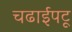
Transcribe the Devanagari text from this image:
चढाईपटू